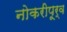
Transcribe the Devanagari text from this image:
नोकरीपूर्व